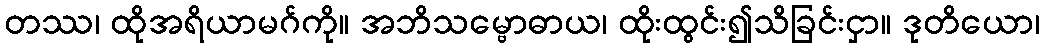
တဿ၊ ထိုအရိယာမဂ်ကို။ အဘိသမ္ဗောဓာယ၊ ထိုးထွင်း၍သိခြင်းငှာ။ ဒုတိယော၊